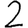
Digit: 2